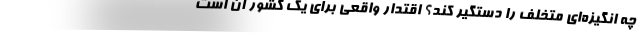
چه انگيزه‌اي متخلف را دستگير كند؟ اقتدار واقعي براي يك كشور آن است